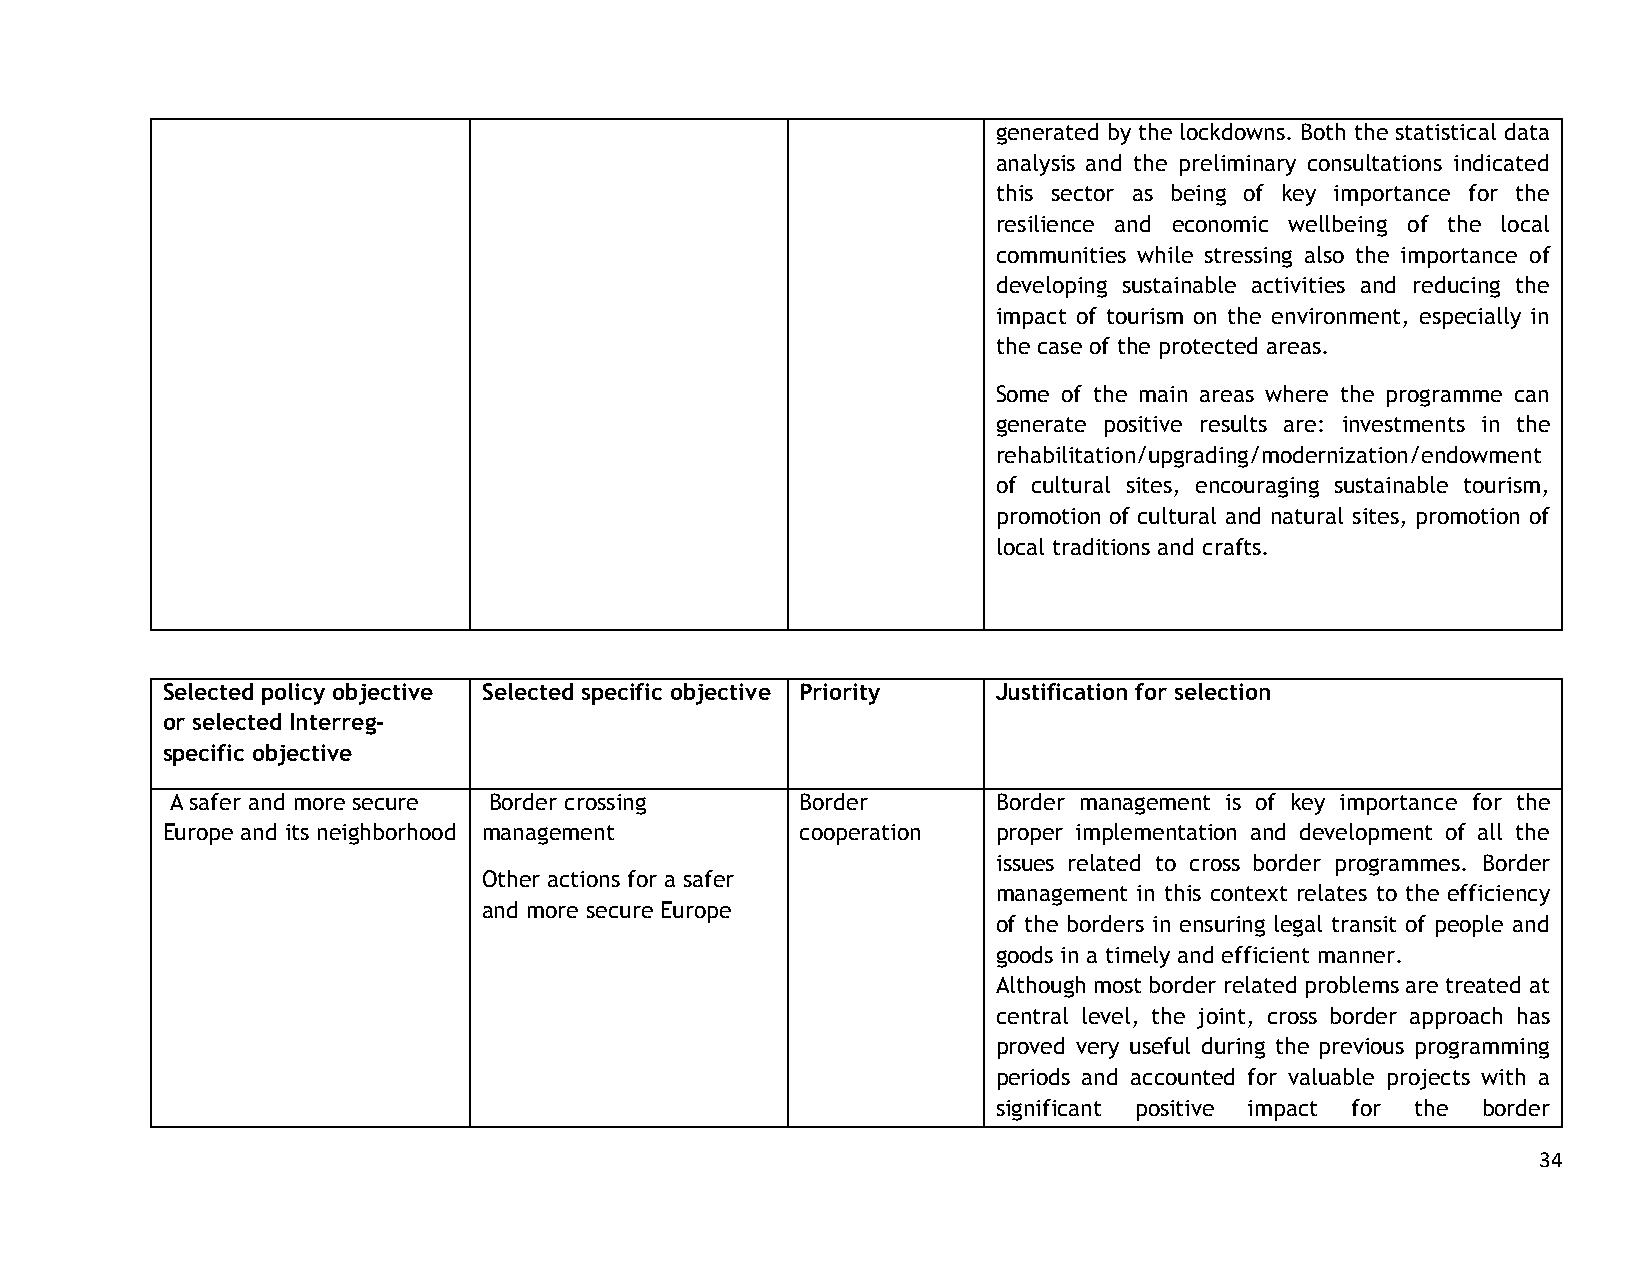
generated by the lockdowns. Both the statistical data
 analysis and the preliminary consultations indicated
 this sector as being of key importance for the
 resilience and economic wellbeing of the local
 communities while stressing also the importance of
 developing sustainable activities and reducing the
 impact of tourism on the environment, especially in
 the case of the protected areas.
 Some of the main areas where the programme can
 generate positive results are: investments in the
 rehabilitation/upgrading/modernization/endowment
 of cultural sites, encouraging sustainable tourism,
 promotion of cultural and natural sites, promotion of
 local traditions and crafts.
 Selected policy objective Selected specific objective Priority Justification for selection
 or selected Interreg-
 specific objective
 A safer and more secure Border crossing   Border       Border management is of key importance for the
 Europe and its neighborhood management    cooperation  proper implementation and development of all the
 issues related to cross border programmes. Border
 Other actions for a safer
 management in this context relates to the efficiency
 and more secure Europe
 of the borders in ensuring legal transit of people and
 goods in a timely and efficient manner.
 Although most border related problems are treated at
 central level, the joint, cross border approach has
 proved very useful during the previous programming
 periods and accounted for valuable projects with a
 significant positive impact for the border
 34